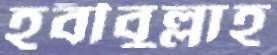
হবীবুল্লাহ